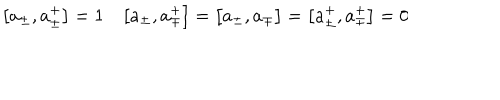
\bigl [ a _ { \pm } , a _ { \pm } ^ { + } \bigr ] = 1 \quad \bigl [ a _ { \pm } , a _ { \mp } ^ { + } \bigr ] = \bigl [ a _ { \pm } , a _ { \mp } \bigr ] = \bigl [ a _ { \pm } ^ { + } , a _ { \mp } ^ { + } \bigr ] = 0